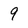
Character: 9